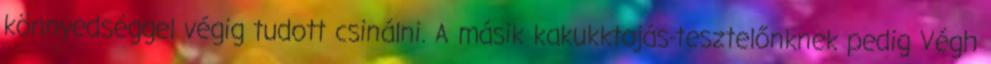
könnyedséggel végig tudott csinálni. A másik kakukktojás-tesztelőnknek pedig Végh